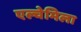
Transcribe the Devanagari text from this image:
एल्चेमिला